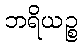
ဘရိယဉ္စ